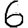
Digit: 6